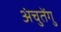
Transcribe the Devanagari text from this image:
अंचुतेंगु